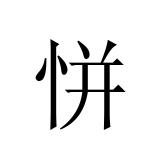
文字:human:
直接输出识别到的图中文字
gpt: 恲